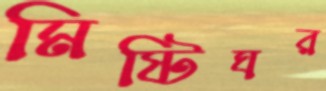
মিষ্টিঘর